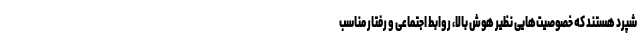
شپرد هستند که خصوصیت‌هایی نظیر هوش بالا، روابط اجتماعی و رفتار مناسب